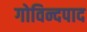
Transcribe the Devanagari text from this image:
गोविन्दपाद